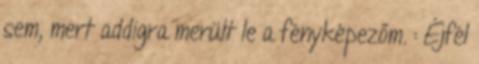
sem, mert addigra merült le a fényképezőm. : Éjfél